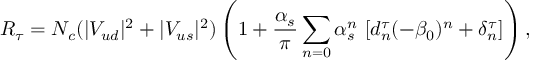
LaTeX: R _ { \tau } = N _ { c } ( | V _ { u d } | ^ { 2 } + | V _ { u s } | ^ { 2 } ) \left( 1 + \frac { \alpha _ { s } } { \pi } \sum _ { n = 0 } \alpha _ { s } ^ { n } \, \left[ d _ { n } ^ { \tau } ( - \beta _ { 0 } ) ^ { n } + \delta _ { n } ^ { \tau } \right] \right) ,